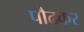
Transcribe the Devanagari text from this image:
पौढकर